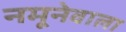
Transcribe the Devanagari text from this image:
नमूनेवाला